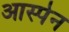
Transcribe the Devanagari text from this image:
आस्पेन